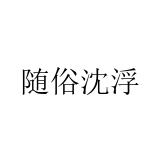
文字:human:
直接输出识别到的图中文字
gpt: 随俗沈浮